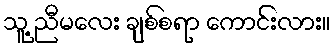
သူ့ ညီမလေး ချစ်စရာ ကောင်းလား။